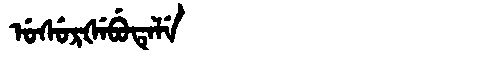
Manchu: ᡠᠰᡠᡵᡧᡝᠪᡠᡨᡝᠯᡝ
Romanization: USURŠEBUTELE